Indian journal of veterinary science and animal husbandry - Volume 7,
Year: 1937
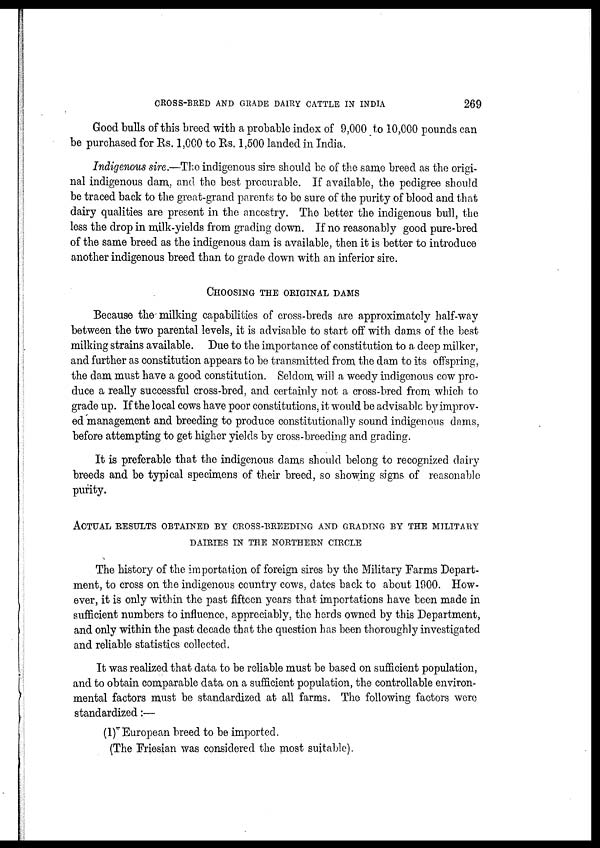
CROSS-BRED AND GRADE DAIRY CATTLE IN INDIA
269
Good bulls of this breed with a probable index of 9,000 to 10,000 pounds can
be purchased for Rs. 1,000 to Rs. 1,500 landed in India.
Indigenous sire.—The indigenous sire should be of the same breed as the origi-
nal indigenous dam, and the best procurable. If available, the pedigree should
be traced back to the great-grand parents to be sure of the purity of blood and that
dairy qualities are present in the ancestry. The better the indigenous bull, the
less the drop in milk-yields from grading down. If no reasonably good pure-bred
of the same breed as the indigenous dam is available, then it is better to introduce
another indigenous breed than to grade down with an inferior sire.
CHOOSING THE ORIGINAL DAMS
Because the milking capabilities of cross-breds are approximately half-way
between the two parental levels, it is advisable to start off with dams of the best
milking strains available. Due to the importance of constitution to a deep milker,
and further as constitution appears to be transmitted from the dam to its offspring,
the dam must have a good constitution. Seldom will a weedy indigenous cow pro-
duce a really successful cross-bred, and certainly not a cross-bred from which to
grade up. If the local cows have poor constitutions, it would be advisable by improv-
ed management and breeding to produce constitutionally sound indigenous dams,
before attempting to get higher yields by cross-breeding and grading.
It is preferable that the indigenous dams should belong to recognized dairy
breeds and be typical specimens of their breed, so showing signs of reasonable
purity.
ACTUAL RESULTS OBTAINED BY CROSS-BREEDING AND GRADING BY THE MILITARY
DAIRIES IN THE NORTHERN CIRCLE
The history of the importation of foreign sires by the Military Farms Depart-
ment, to cross on the indigenous country cows, dates back to about 1900. How-
ever, it is only within the past fifteen years that importations have been made in
sufficient numbers to influence, appreciably, the herds owned by this Department,
and only within the past decade that the question has been thoroughly investigated
and reliable statistics collected.
It was realized that data to be reliable must be based on sufficient population,
and to obtain comparable data on a sufficient population, the controllable environ-
mental factors must be standardized at all farms. The following factors were
standardized:—
(1) European breed to be imported.
(The Friesian was considered the most suitable).